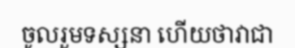
ចូលរួមទស្សនា ហើយថាវាជា